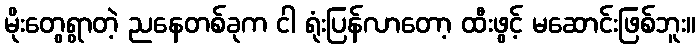
မိုးတွေရွာတဲ့ ညနေတစ်ခုက ငါ ရုံးပြန်လာတော့ ထီးဖွင့် မဆောင်းဖြစ်ဘူး။